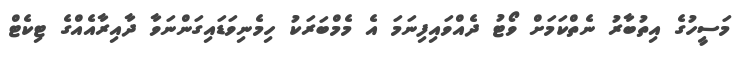
މަސީހުގެ އިތުބާރު ނެތްކަމަށް ވޯޓު ދެއްވައިފިނަމަ އެ މެމްބަރަކު ހިމެނިވަޑައިގަންނަވާ ދާއިރާއެއްގެ ޓިކެޓް